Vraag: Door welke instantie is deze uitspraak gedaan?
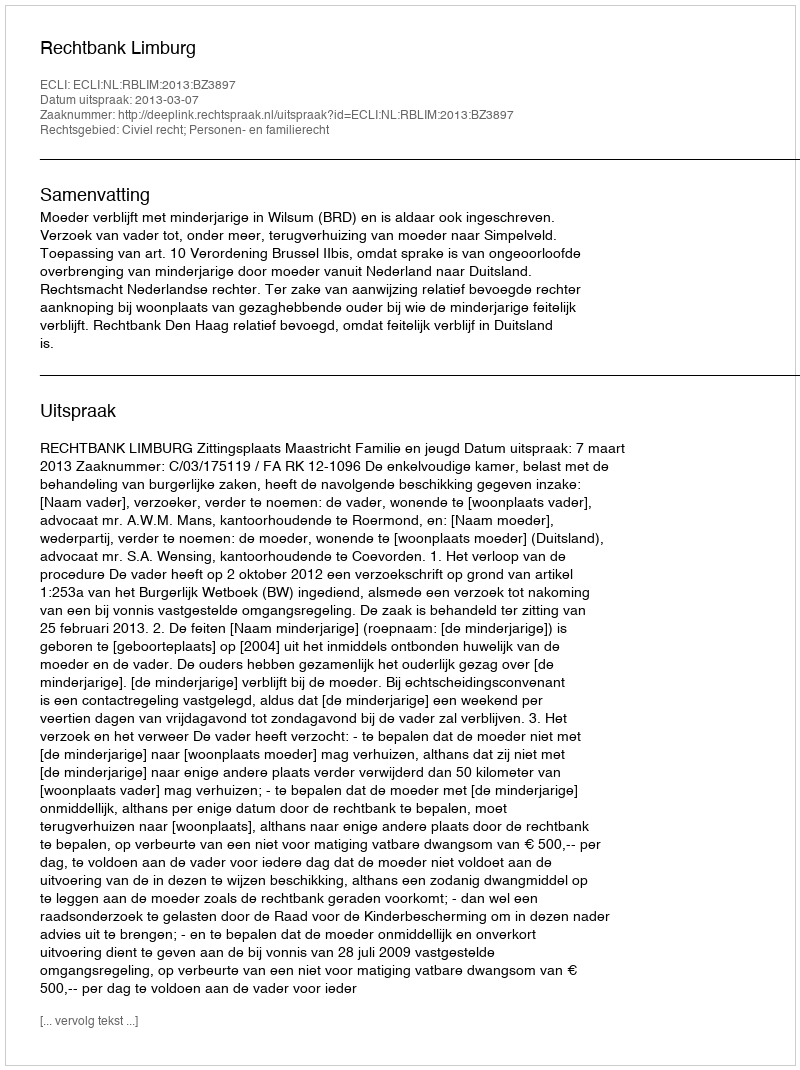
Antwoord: Rechtbank Limburg